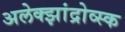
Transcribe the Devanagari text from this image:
अलेक्झांद्रोव्स्क